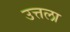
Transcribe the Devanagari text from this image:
उत्तला